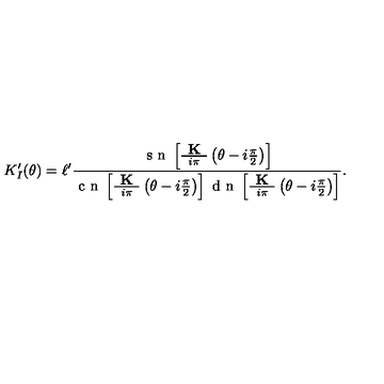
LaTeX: K _ { I } ^ { \prime } ( \theta ) = \ell ^ { \prime } \frac { \textrm { s n } \left[ \frac { \textbf { K } } { i \pi } \left( \theta - i \frac { \pi } { 2 } \right) \right] } { \textrm { c n } \left[ \frac { \textbf { K } } { i \pi } \left( \theta - i \frac { \pi } { 2 } \right) \right] \textrm { d n } \left[ \frac { \textbf { K } } { i \pi } \left( \theta - i \frac { \pi } { 2 } \right) \right] } .